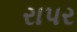
રાપર